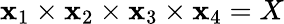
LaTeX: \mathbf{x}_{1}\times\mathbf{x}_{2}\times\mathbf{x}_{3}\times\mathbf{x}_{4}=X